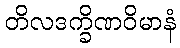
တိလဒက္ခိဏဝိမာနံ